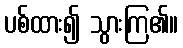
ပစ်ထား၍ သွားကြ၏။